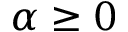
\alpha \geq 0